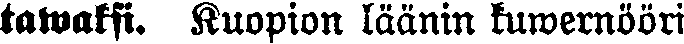
tawaksi. Kuopion läänin kuwernööri